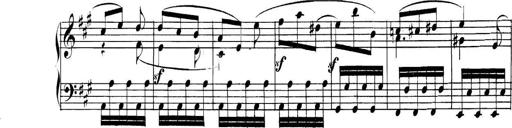
Title: Collected Piano Sonatas
Composer: Muzio Clementi